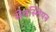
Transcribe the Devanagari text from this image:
सेबस्शियन